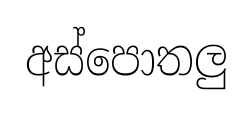
අස්පොතලු